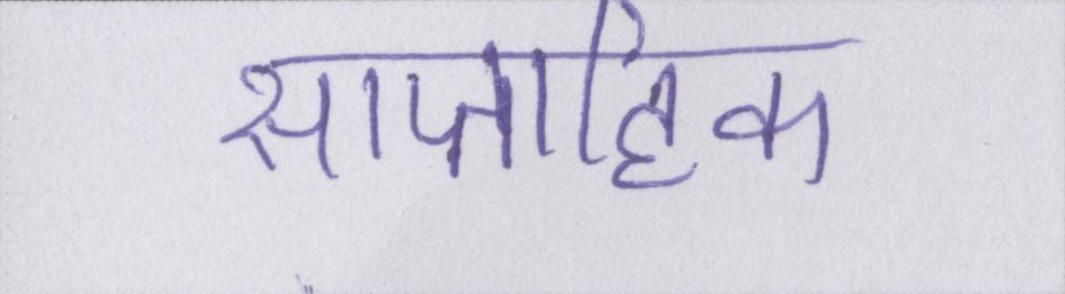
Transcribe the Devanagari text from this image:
साप्ताहिक